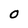
Character: O